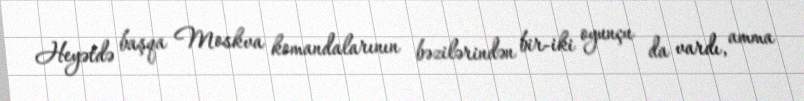
Heyətdə başqa Moskva komandalarının bəzilərindən bir-iki oyunçu da vardı, amma